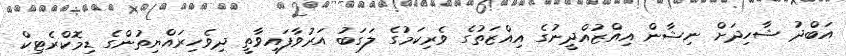
އަބްދު ޝާހިދަށް ނިޝާން އިއްޒުއްދީނުގެ އިއްޒަތުގެ ވެރިކަމުގެ ލަގަބު އަރުވާފައިވާތީ ދިވެހިރައްޔިތުންގެ ޑިމޮކްރެޓިކް